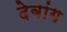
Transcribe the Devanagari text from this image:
देबांग